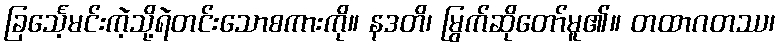
ခြင်္သေ့မင်းကဲ့သို့ရဲတင်းသောစကားကို။ နဒတိ၊ မြွက်ဆိုတော်မူ၏။ တထာဂတဿ၊